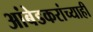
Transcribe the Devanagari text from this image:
आंबेडकरांच्याही